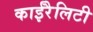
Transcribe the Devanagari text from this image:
काईरैलिटी